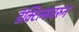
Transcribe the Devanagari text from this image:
डॅक्टिल्सवरुन